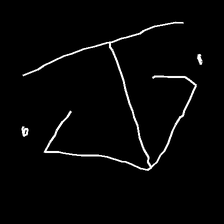
Glyph: earth